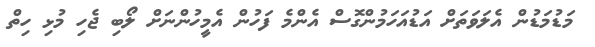
މަޑުމަޑުން އެލަވަތަށް އަޑުއަހަމުންގޮސް އެންމެ ފަހުން އެމީހުންނަށް ލޯބި ޖެހި މުޅި ހިތް